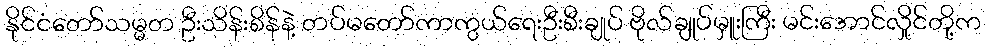
နိုင်ငံတော်သမ္မတ ဦးသိန်းစိန်နဲ့ တပ်မတော်ကာကွယ်ရေးဦးစီးချုပ် ဗိုလ်ချုပ်မှူးကြီး မင်းအောင်လှိုင်တို့က